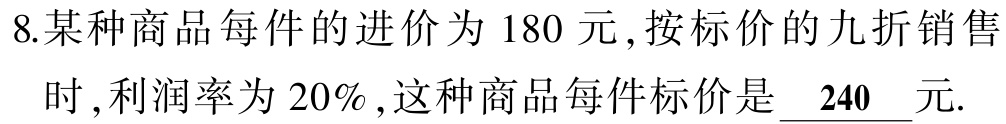
8.某种商品每件的进价为 180 元,按标价的九折销售
时 ,利润率为 20% ,这种商品每件标价是$\underline{240}$元.